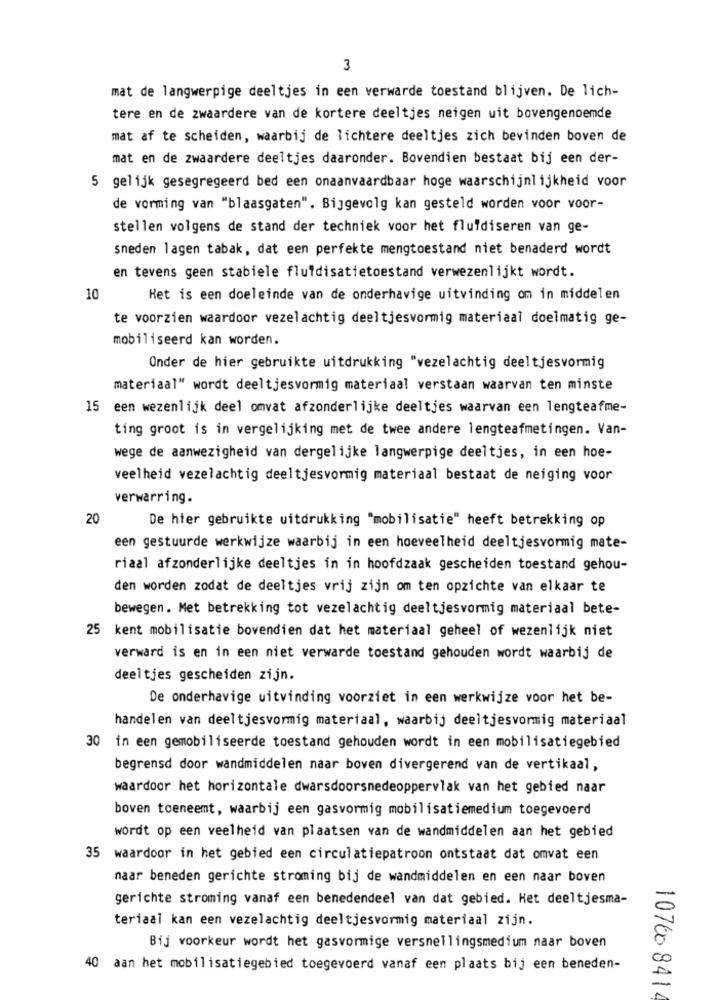
3
mat de langwerpige deeltjes in een verwarde toestand blijven. De lich-
tere en de zwaardere van de kortere deeltjes neigen uit bovengenoemde
mat af te scheiden, waarbij de lichtere deeltjes zich bevinden boven de
mat en de zwaardere deeltjes daaronder. Bovendien bestaat bij een der-
5 gelijk gesegregeerd bed een onaanvaardbaar hoge waarschijnlijkheid voor
de vorming van "blaasgaten". Bijgevolg kan gesteld worden voor voor-
stellen volgens de stand der techniek voor het flufdiseren van ge-
sneden lagen tabak, dat een perfekte mengtoestand niet benaderd wordt
en tevens geen stabiele fluidisatietoestand verwezenlijkt wordt.
10
Het is een doeleinde van de onderhavige uitvinding om in middelen
te voorzien waardoor vezelachtig deeltjesvormig materiaal doelmatig ge-
mobiliseerd kan worden.
Onder de hier gebruikte uitdrukking "vezelachtig deeltjesvormig
materiaal" wordt deeltjesvormig materiaal verstaan waarvan ten minste
15 een wezenlijk deel omvat afzonderlijke deeltjes waarvan een lengteafme-
ting groot is in vergelijking met de twee andere lengteafmetingen. Van-
wege de aanwezigheid van dergelijke langwerpige deeltjes, in een hoe-
veelheid vezelachtig deeltjesvormig materiaal bestaat de neiging voor
verwarring.
20
De hier gebruikte uitdrukking "mobilisatie" heeft betrekking op
een gestuurde werkwijze waarbij in een hoeveelheid deeltjesvormig mate-
riaal afzonderlijke deeltjes in in hoofdzaak gescheiden toestand gehou-
den worden zodat de deeltjes vrij zijn om ten opzichte van elkaar te
bewegen. Met betrekking tot vezelachtig deeltjesvormig materiaal bete-
25 kent mobilisatie bovendien dat het materiaal geheel of wezenlijk niet
verward is en in een niet verwarde toestand gehouden wordt waarbij de
deeltjes gescheiden zijn.
De onderhavige uitvinding voorziet in een werkwijze voor het be-
handelen van deeltjesvormig materiaal, waarbij deeltjesvormig materiaal
30 in een gemobiliseerde toestand gehouden wordt in een mobilisatiegebied
begrensd door wandmiddelen naar boven divergerend van de vertikaal,
waardoor het horizontale dwarsdoorsnedeoppervlak van het gebied naar
boven toeneemt, waarbij een gasvormig mobilisatiemedium toegevoerd
wordt op een veelheid van plaatsen van de wandmiddelen aan het gebied
35
waardoor in het gebied een circulatiepatroon ontstaat dat omvat een
naar beneden gerichte stroming bij de wandmiddelen en een naar boven
gerichte stroming vanaf een benedendeel van dat gebied. Het deeltjesma-
teriaal kan een vezelachtig deeltjesvormig materiaal zijn.
Bij voorkeur wordt het gasvormige versnellingsmedium naar boven
40
aan het mobilisatiegebied toegevoerd vanaf een plaats bij een beneden-
10766 841